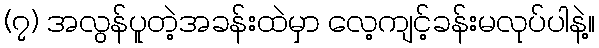
(၇) အလွန်ပူတဲ့အခန်းထဲမှာ လေ့ကျင့်ခန်းမလုပ်ပါနဲ့။